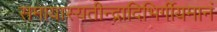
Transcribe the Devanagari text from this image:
समायास्यतीन्द्रादिभिर्गीयमानं